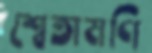
শ্বেতামণি